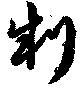
制